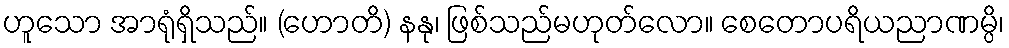
ဟူသော အာရုံရှိသည်။ (ဟောတိ) နနု၊ ဖြစ်သည်မဟုတ်လော။ စေတောပရိယညာဏမ္ပိ၊